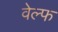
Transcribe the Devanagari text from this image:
वेल्फ